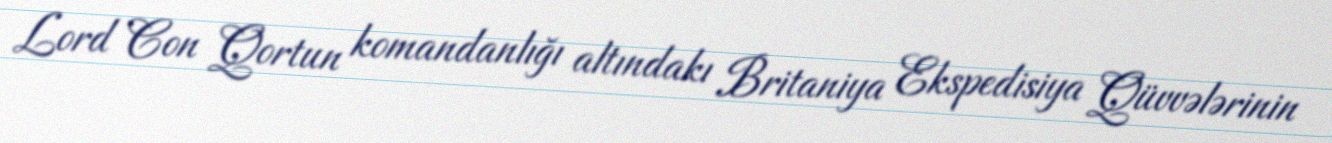
Lord Con Qortun komandanlığı altındakı Britaniya Ekspedisiya Qüvvələrinin